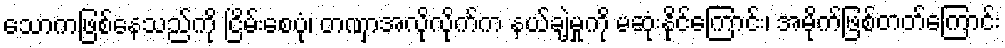
သောကဖြစ်နေသည်ကို ငြိမ်းစေပုံ၊ တဏှာအလိုလိုက်က နယ်ချဲ့မှုကို မဆုံးနိုင်ကြောင်း၊ အမိုက်ဖြစ်တတ်ကြောင်း